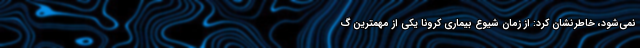
نمی‌شود، خاطرنشان کرد: از زمان شیوع بیماری کرونا یکی از مهمترین گ